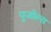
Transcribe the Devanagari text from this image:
पुजोल्स